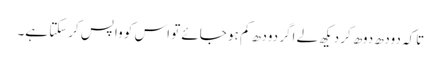
تاکہ دودھ دوھ کر دیکھ لے اگر دودھ کم ہو جائے تو اس کو واپس کرسکتا ہے۔